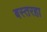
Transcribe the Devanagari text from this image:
बस्तरहा